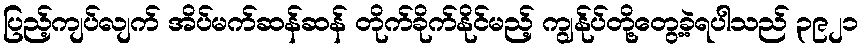
ပြည့်ကျပ်လျက် အိပ်မက်ဆန်ဆန် တိုက်ခိုက်နိုင်မည့် ကျွန်ုပ်တို့တွေ့ခဲ့ရပါသည် ၃၉၂၁